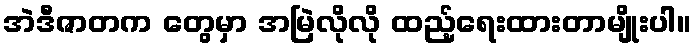
အဲဒီဇာတက တွေမှာ အမြဲလိုလို ထည့်ရေးထားတာမျိုးပါ။